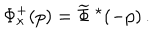
\Phi _ { \kappa } ^ { + } ( p ) = \widetilde { \Phi } \ ^ { \star } ( - p ) \, .